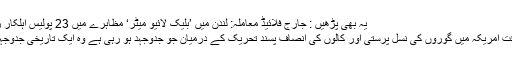
یہ بھی پڑھیں : جارج فلائیڈ معاملہ: لندن میں ’بلیک لائیو میٹر‘ مظاہرے میں 23 پولیس اہلکار زخمی
اس وقت امریکہ میں گوروں کی نسل پرستی اور کالوں کی انصاف پسند تحریک کے درمیان جو جدوجہد ہو رہی ہے وہ ایک تاریخی جدوجہد ہے۔